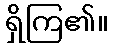
ရှိကြ၏။